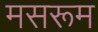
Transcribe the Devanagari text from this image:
मसरूम